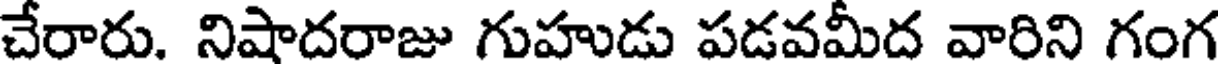
చేరారు. నిషాదరాజు గుహుడు పడవమీద వారిని గంగ